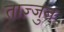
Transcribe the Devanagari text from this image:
ताज़्जुब